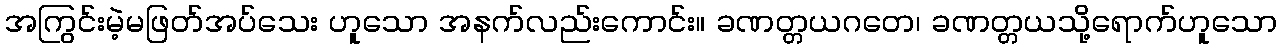
အကြွင်းမဲ့မဖြတ်အပ်သေး ဟူသော အနက်လည်းကောင်း။ ခဏတ္တယဂတေ၊ ခဏတ္တယသို့ရောက်ဟူသော